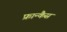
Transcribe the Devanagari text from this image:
फ्रान्कैस